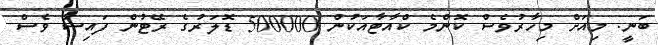
ބަނީ. މިއަށް މިހާރުވެސް ކޮންމެ ކްއާޓާއަކުން 500000 ޑޮލަރުގެ ރޭޓުން ފައިސާ ވެސް